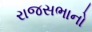
રાજસભાનો